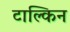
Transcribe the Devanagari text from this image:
टाल्किन